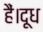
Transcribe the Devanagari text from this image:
हैं।दूध